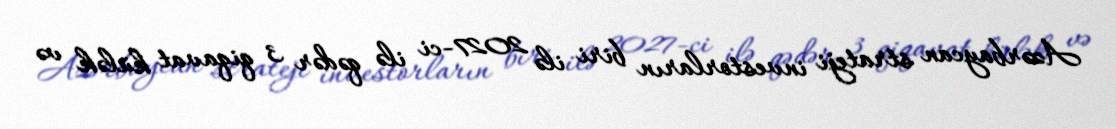
Azərbaycan strateji investorların biri ilə 2027-ci ilə qədər 3 qiqavat külək və